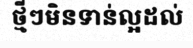
ថ្មីៗមិនទាន់ល្អដល់